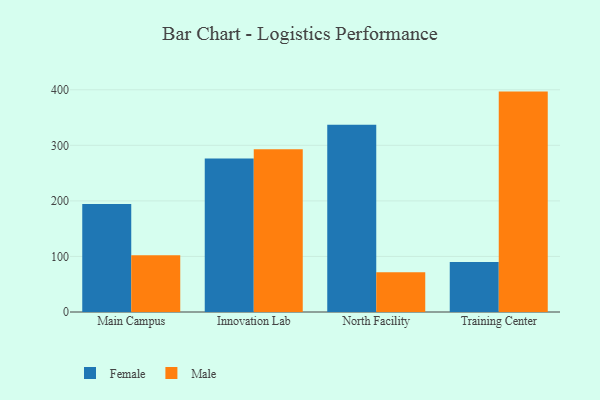
{"axis": {"x": "Campus", "y": "Production Output"}, "legend": ["Female", "Male"], "data": [{"x": "Main Campus", "y": 194.2, "type": "Female"}, {"x": "Main Campus", "y": 102.1, "type": "Male"}, {"x": "Innovation Lab", "y": 276.5, "type": "Female"}, {"x": "Innovation Lab", "y": 292.9, "type": "Male"}, {"x": "North Facility", "y": 337.0, "type": "Female"}, {"x": "North Facility", "y": 71.5, "type": "Male"}, {"x": "Training Center", "y": 89.8, "type": "Female"}, {"x": "Training Center", "y": 396.7, "type": "Male"}]}